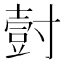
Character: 𭕀